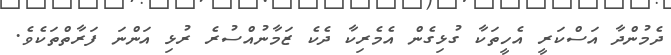
ދެމުންދާ އަސްކަރީ އެހީތަކާ ގުޅިގެން އެމެރިކާ ދެކެ ޒަމާނުއްސުރެ ރުޅި އަންނަ ފަރާތްތަކެވެ.